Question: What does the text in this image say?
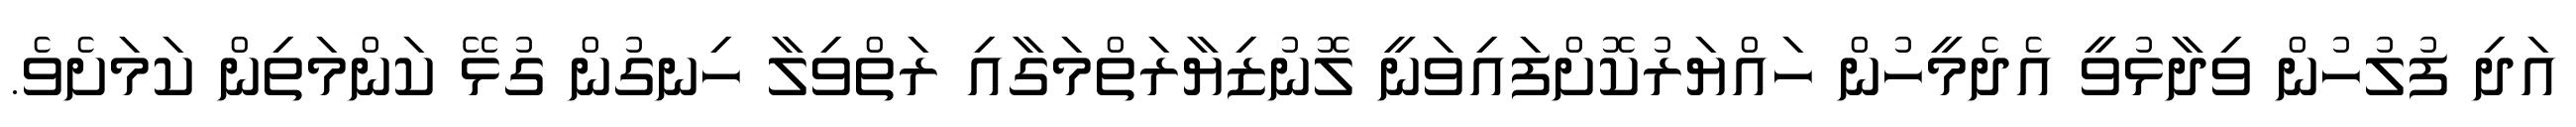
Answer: އަދި ފުލުހުން ވިދާޅުވީ އެދެމީހުން ހައްޔަރުކޮށްފައިވަނީ ލޮނުޒިޔާރަތްމަގާއި ރަތްވިލާ ހިނގުން ގުޅޭ ކަންމަތިން ކަމަށެވެ.